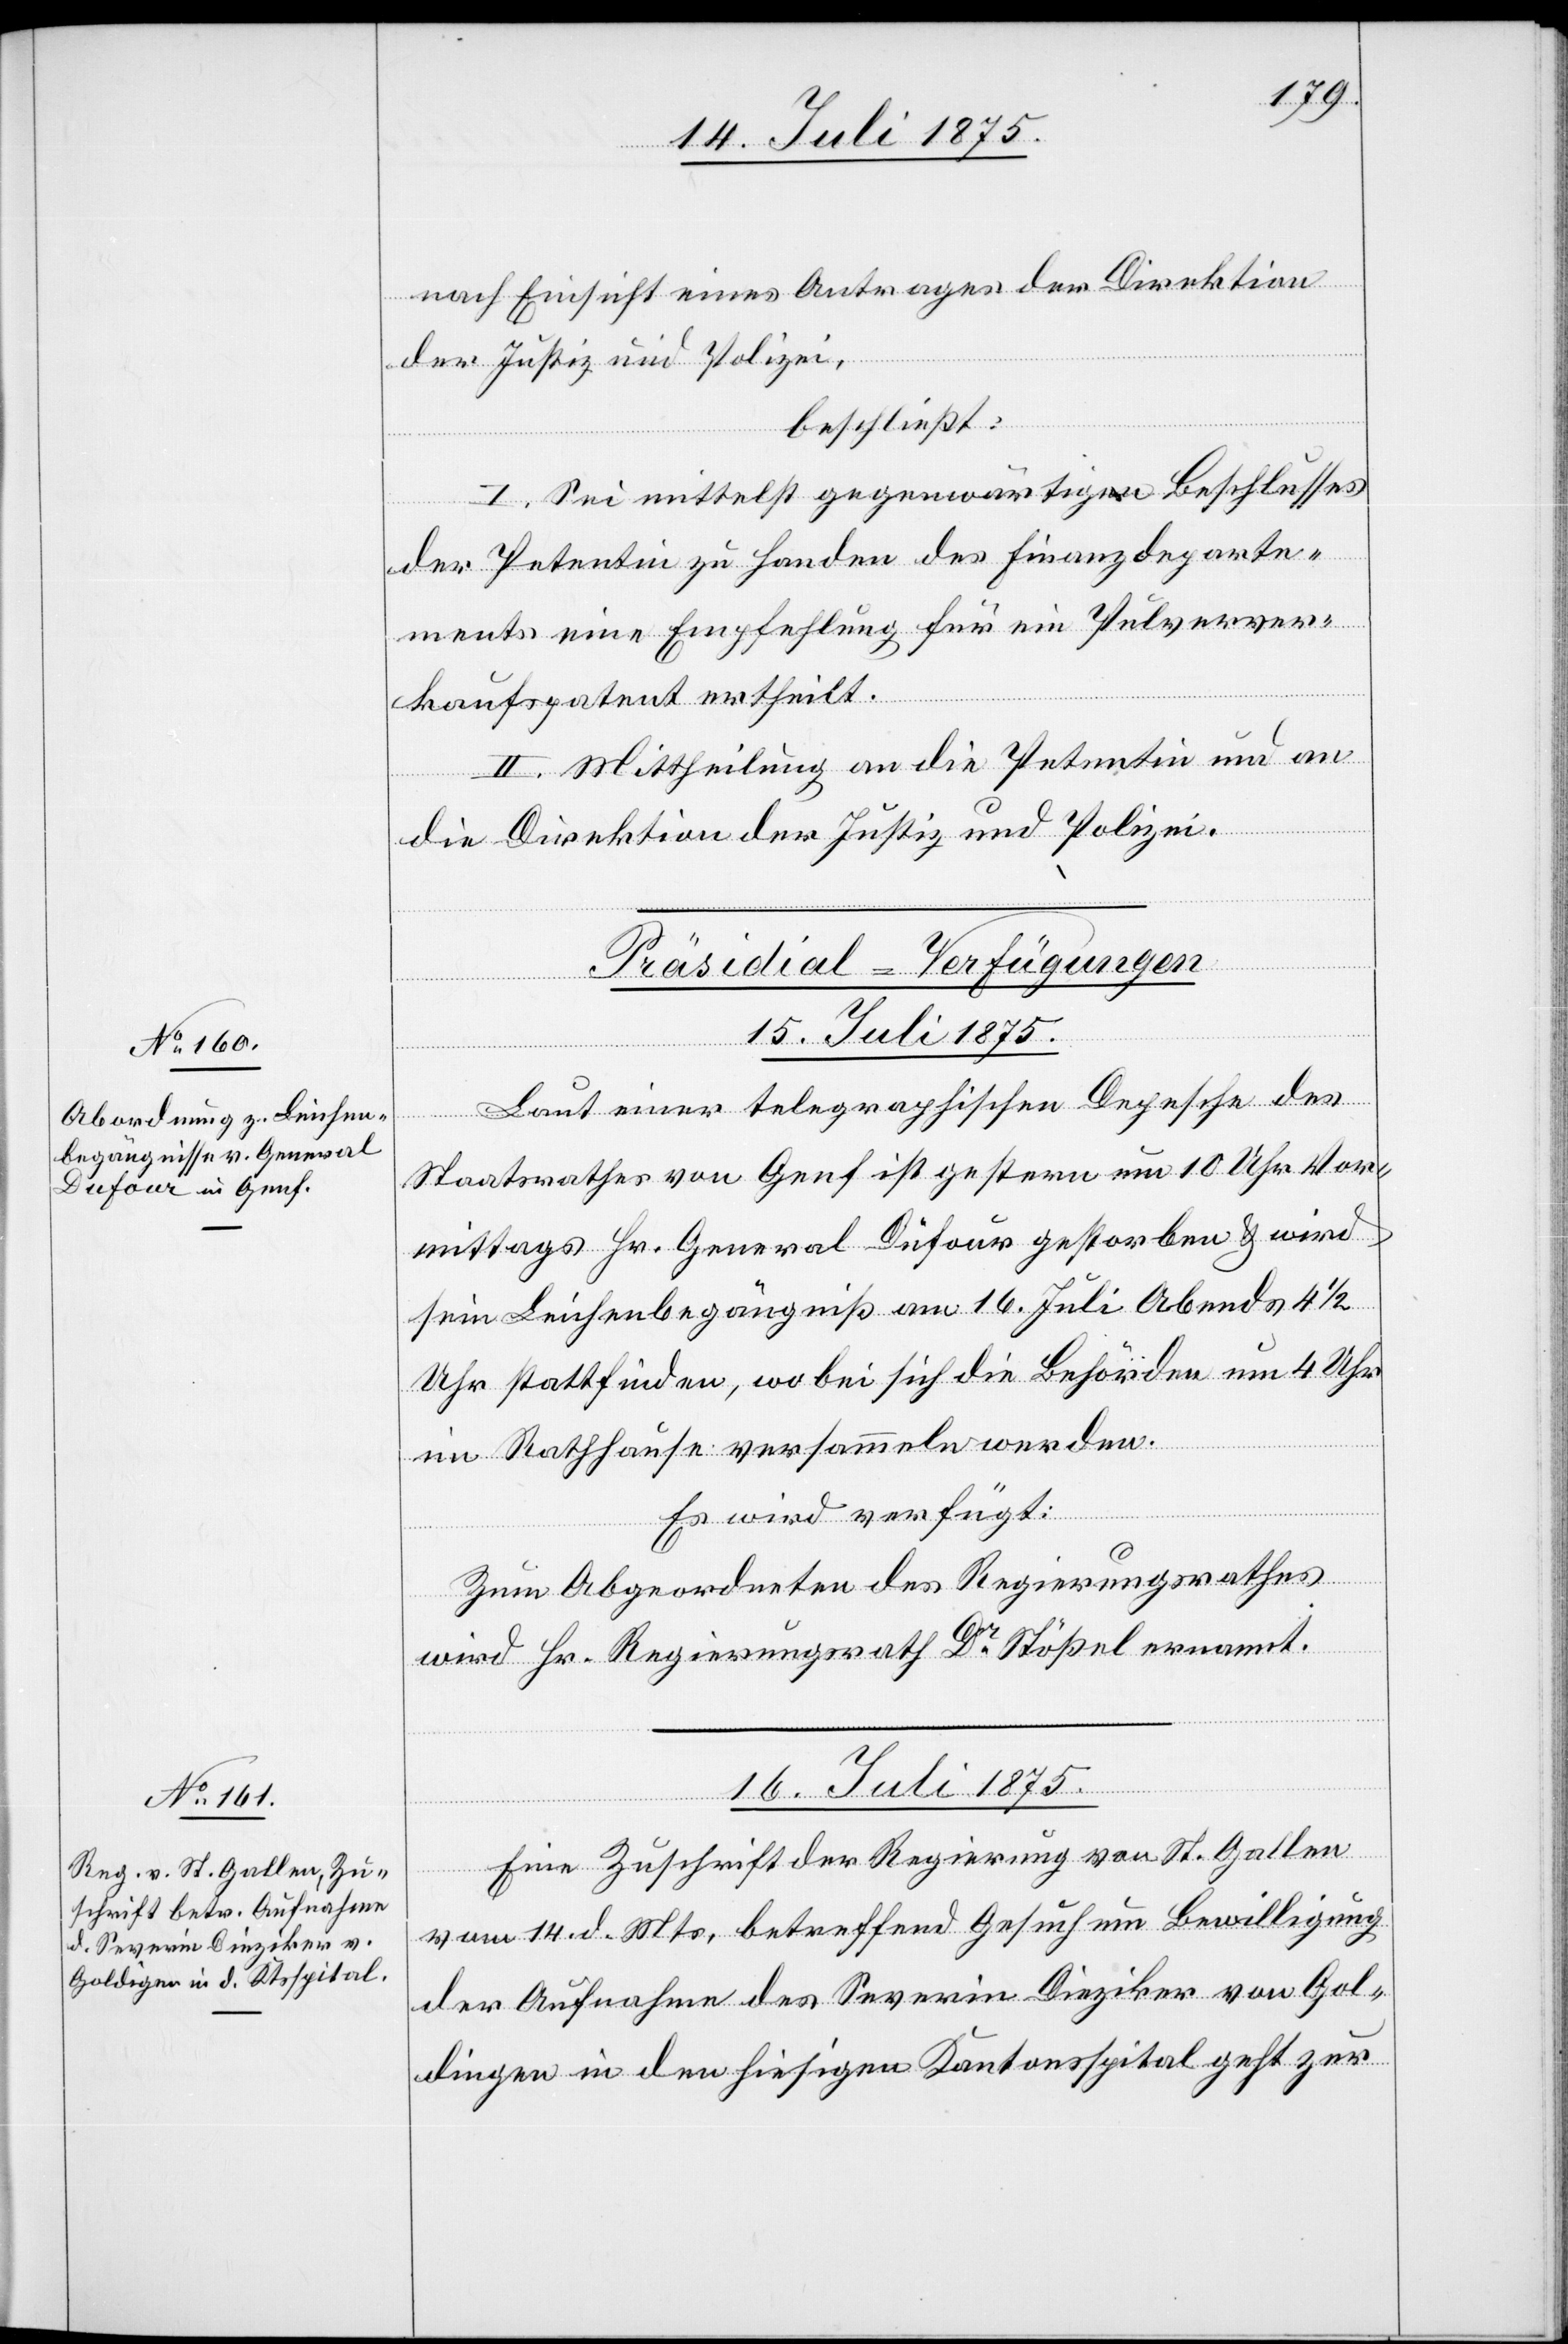
nach Einsicht eines Antrages der Direktion
der Justiz und Polizei,
beschließt:
I. Sei mittelst gegenwärtigen Beschlusses
der Petentin zu Handen des Finanzdeparte¬
ments eine Empfehlung für ein Pulverver¬
kaufspatent ertheilt.
II. Mittheilung an die Petentin und an
die Direktion der Justiz und Polizei.
[Präsidial-Verfügungen.]
16. Juli 1875.
Laut einer telegraphischen Depesche des
Staatsrathes von Genf ist gestern um 10 Uhr Vor¬
mittags Hr. General Dufour gestorben & wird
sein Leichenbegängniß am 16. Juli Abends 4 1/2
Uhr stattfinden, wobei sich die Behörden um 4 Uhr
im Rathhause versammeln werden.
Eine Zuschrift der Regierung von St. Gallen
vom 14. d. Mts., betreffend Gesuch um Bewilligung
der Aufnahme des Severin Dieziker von Gol¬
dingen in den hiesigen Kantonsspital geht zur